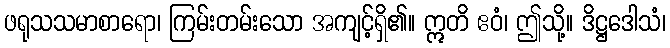
ဖရုသသမာစာရော၊ ကြမ်းတမ်းသော အကျင့်ရှိ၏။ ဣတိ ဧဝံ၊ ဤသို့။ ဒိဋ္ဌဒေါသံ၊